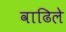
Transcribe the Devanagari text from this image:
वाढिले